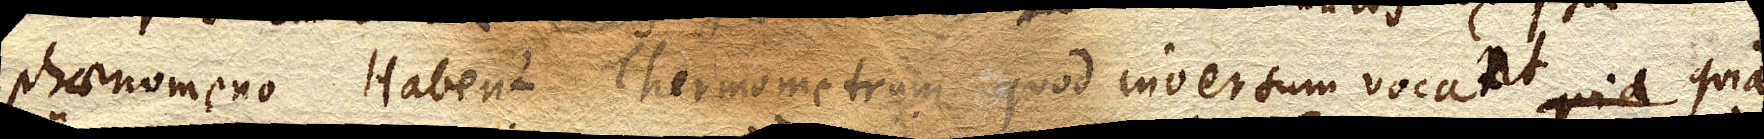
phaenomeno. Habent Thermometrum quod inversum vocant, quia